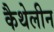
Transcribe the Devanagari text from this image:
कैथेलीन